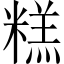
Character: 糕